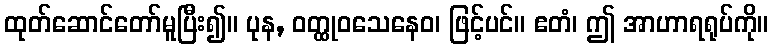
ထုတ်ဆောင်တော်မူပြီး၍။ ပုန, ဝတ္ထုဝသေနေဝ၊ ဖြင့်ပင်။ ဧတံ၊ ဤ အာဟာရရုပ်ကို။